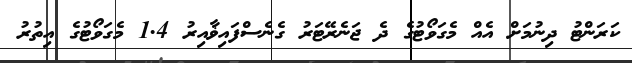
ކަރަންޓު ދިނުމަށް އެއް މެގަވޯޓުގެ ދެ ޖަނެރޭޓަރު ގެނެސްފައިޥާއިރު 1.4 މެގަވޯޓުގެ އިތުރު